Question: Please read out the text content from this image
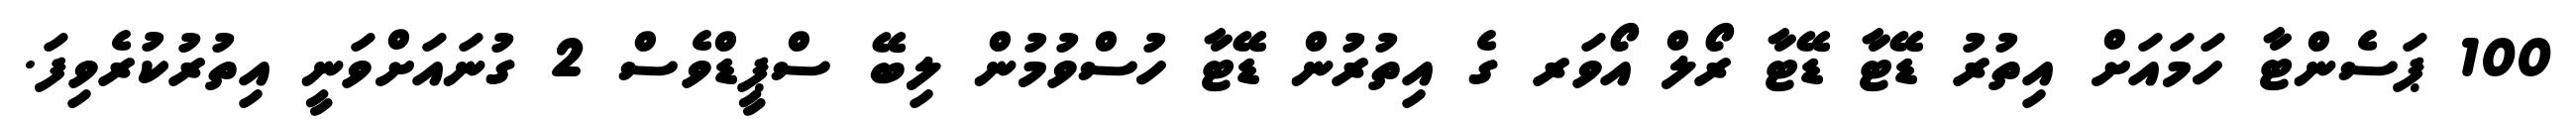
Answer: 100 ޕަސެންޓާ ހަމައަށް އިތުރު ޑޭޓާ ޑޭޓާ ރޯލް އޯވަރ ގެ އިތުރުން ޑޭޓާ ހުސްވުމުން ލިބޭ ސްޕީޑްވެސް 2 ގުނައަށްވަނީ އިތުރުކުރެވިފަ.